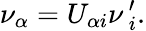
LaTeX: \nu_{\alpha}=U_{\alpha i}\nu\, _{i}^{\prime}.